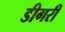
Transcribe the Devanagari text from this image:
डीगरी